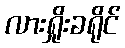
လားရှိုးခရိုင်